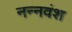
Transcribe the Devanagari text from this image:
नन्नवंश